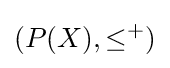
(P(X),\leq ^{+})